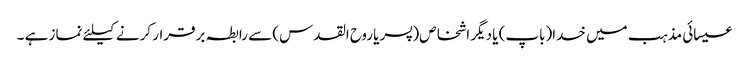
عیسائی مذہب میں خدا(باپ) یا دیگر اشخاص(پسر یا روح القدس) سے رابطہ برقرار کرنے کیلئے نماز ہے ۔